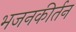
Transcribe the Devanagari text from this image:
भजनकीर्तन